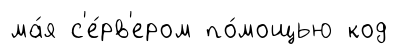
ма́я с'е́рв'ером по́мощью код